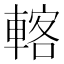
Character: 𨍇